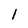
Character: l